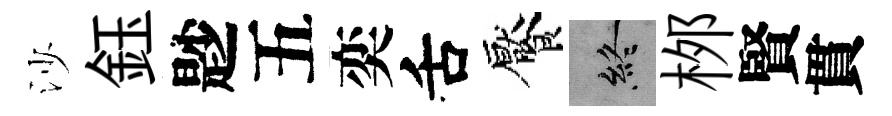
沙鈺尟五奕舌饜終桞賢貫